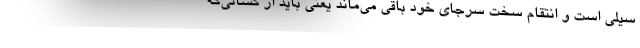
سیلی است و انتقام سخت سرجای خود باقی می‌ماند یعنی باید از کسانی‌که